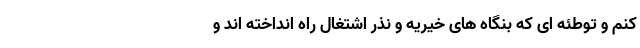
کنم و توطئه ای که بنگاه های خیریه و نذر اشتغال راه انداخته اند و